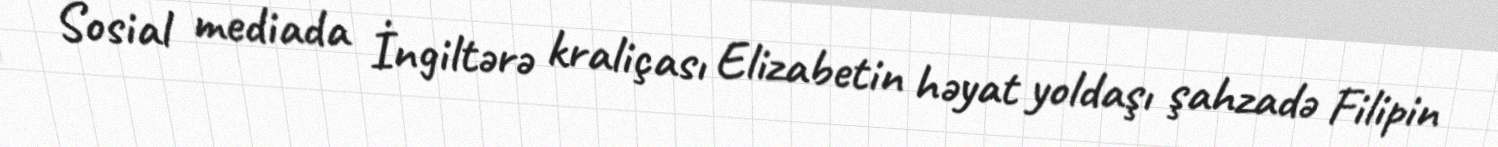
Sosial mediada İngiltərə kraliçası Elizabetin həyat yoldaşı şahzadə Filipin